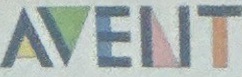
AVENT